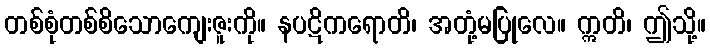
တစ်စုံတစ်စိသောကျေးဇူးကို။ နပဋိကရောတိ၊ အတုံ့မပြုလေ။ ဣတိ၊ ဤသို့။